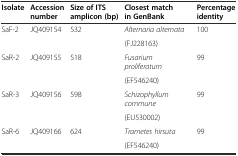
<table><thead><tr><td><b>Isolate</b></td><td><b>Accession number</b></td><td><b>Size of ITS amplicon (bp)</b></td><td><b>Closest match in GenBank</b></td><td><b>Percentage identity</b></td></tr></thead><tbody><tr><td>SaF-2</td><td>JQ409154</td><td>532</td><td><i>Alternaria alternata</i></td><td>100</td></tr><tr><td></td><td></td><td></td><td>(FJ228163)</td><td></td></tr><tr><td>SaR-2</td><td>JQ409155</td><td>518</td><td><i>Fusarium proliferatum</i></td><td>99</td></tr><tr><td></td><td></td><td></td><td>(EF546240)</td><td></td></tr><tr><td>SaR-3</td><td>JQ409156</td><td>598</td><td><i>Schizophyllum commune</i></td><td>99</td></tr><tr><td></td><td></td><td></td><td>(EU530002)</td><td></td></tr><tr><td>SaR-6</td><td>JQ409166</td><td>624</td><td><i>Trametes hirsuta</i></td><td>99</td></tr><tr><td></td><td></td><td></td><td>(EF546240)</td><td></td></tr></tbody></table>